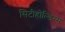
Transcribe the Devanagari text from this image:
सिटीहोल्डिंग्स